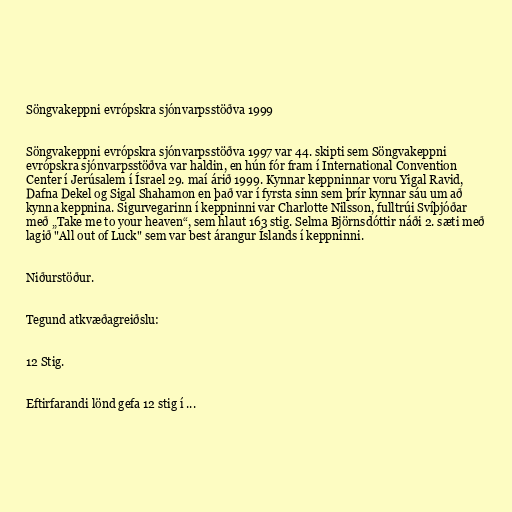
Söngvakeppni evrópskra sjónvarpsstöðva 1999

Söngvakeppni evrópskra sjónvarpsstöðva 1997 var 44. skipti sem Söngvakeppni
evrópskra sjónvarpsstöðva var haldin, en hún fór fram í International Convention
Center í Jerúsalem í Ísrael 29. maí árið 1999. Kynnar keppninnar voru Yigal Ravid,
Dafna Dekel og Sigal Shahamon en það var í fyrsta sinn sem þrír kynnar sáu um að
kynna keppnina. Sigurvegarinn í keppninni var Charlotte Nilsson, fulltrúi Svíþjóðar
með „Take me to your heaven“, sem hlaut 163 stig. Selma Björnsdóttir náði 2. sæti með
lagið "All out of Luck" sem var best árangur Íslands í keppninni.

Niðurstöður.

Tegund atkvæðagreiðslu:

12 Stig.

Eftirfarandi lönd gefa 12 stig í ...